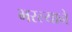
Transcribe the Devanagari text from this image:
भरल्याने